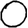
Digit: 0